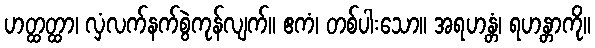
ဟတ္ထတ္ထာ၊ လှံလက်နက်စွဲကုန်လျက်။ ဧကံ၊ တစ်ပါးသော။ အရဟန္တံ၊ ရဟန္တာကို။